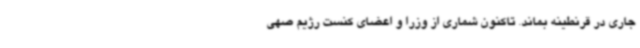
جاری در قرنطینه بماند. تاکنون شماری از وزرا و اعضای کنست رژیم صهی